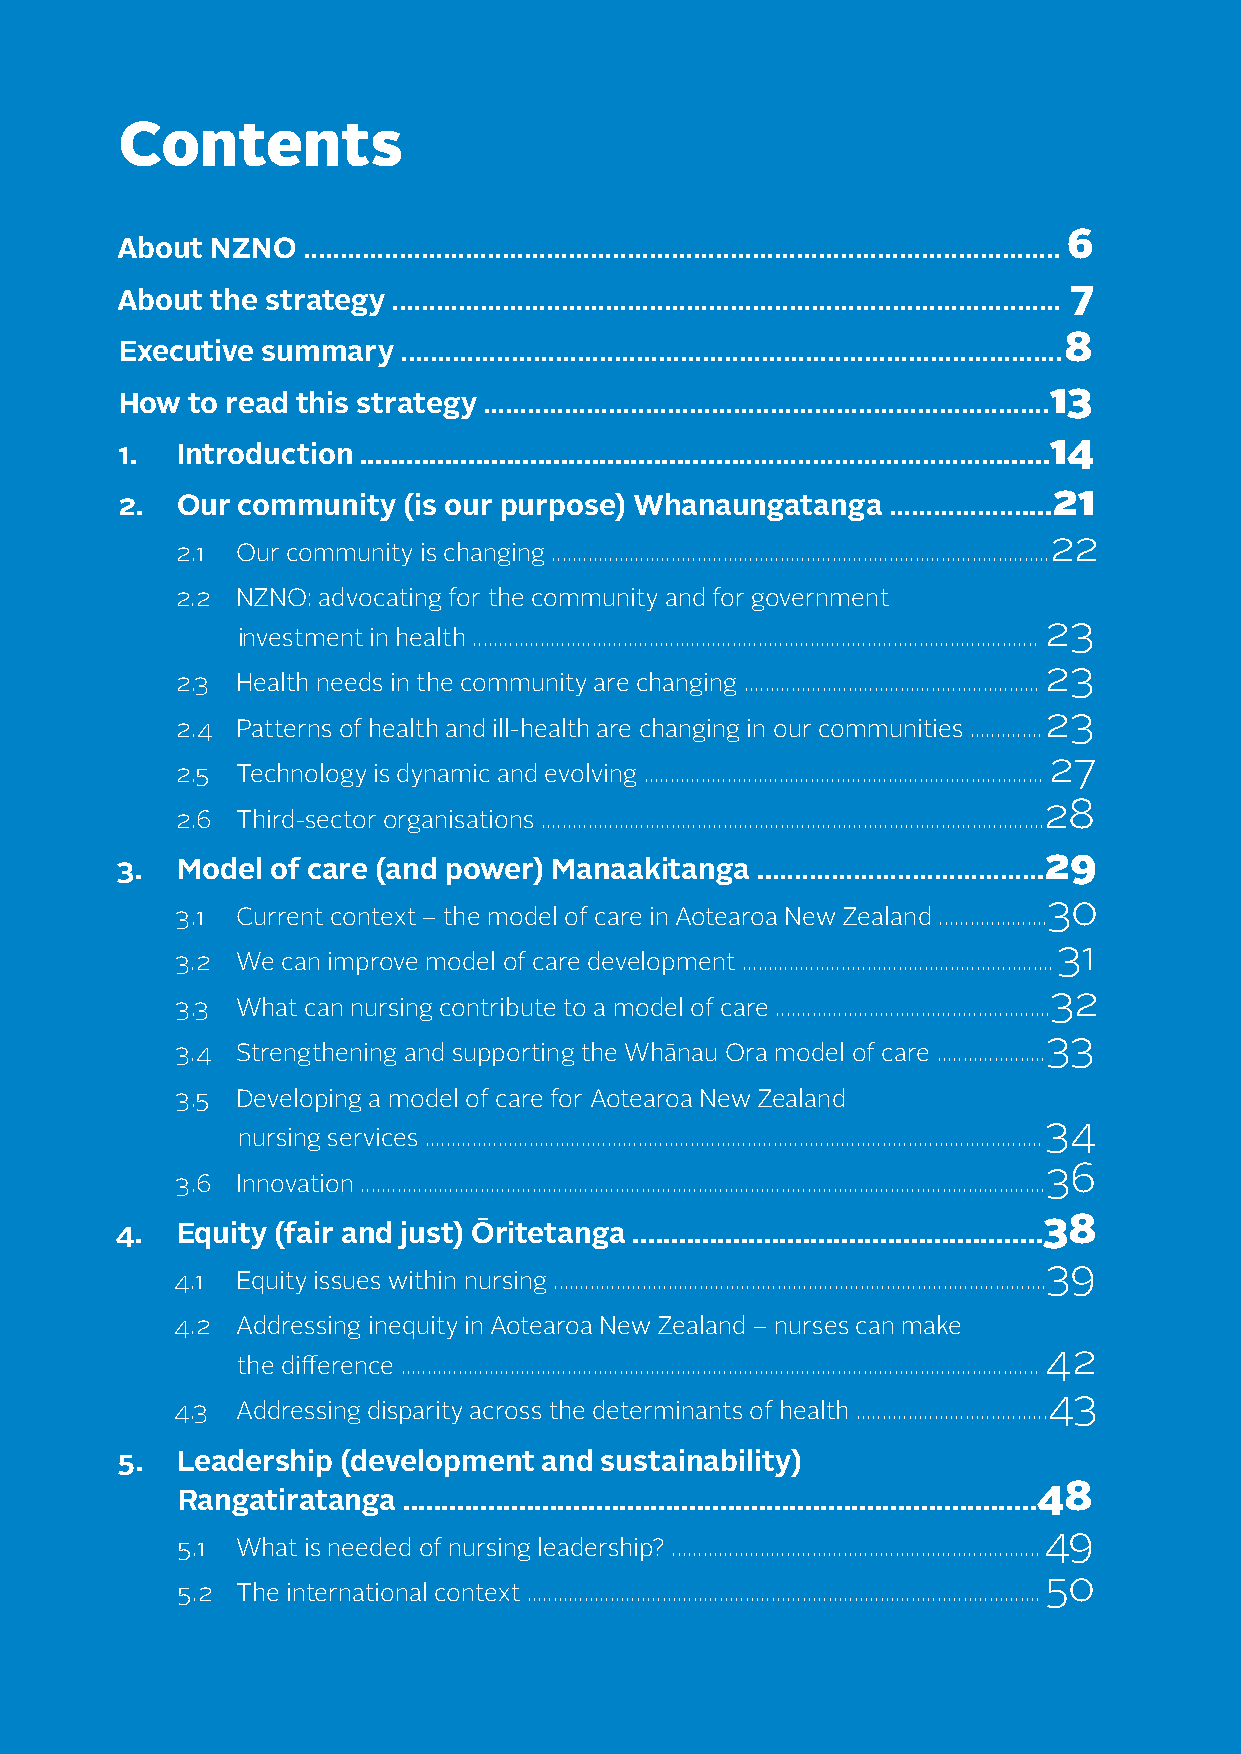
New Zealand Nurses Organisation Tōpūtanga Tapuhi Kaitiaki o Aotearoa
 Contents
 6
 About NZNO  .......................................................................................................
 7
 About the strategy ...........................................................................................
 8
 Executive summary  ..........................................................................................
 13
 How  to read this strategy .............................................................................
 14
 1.  Introduction ...........................................................................................
 21
 2.  Our community  (is our purpose) Whanaungatanga ......................
 22
 2.1 Our community is changing ................................................................................................
 2.2 NZNO: advocating for the community and for government
 23
 investment in health .............................................................................................................
 23
 2.3 Health needs in the community are changing .........................................................
 23
 2.4 Patterns of health and ill-health are changing in our communities ..............
 27
 2.5 Technology is dynamic and evolving .............................................................................
 28
 2.6 Third-sector organisations .................................................................................................
 29
 3.  Model of care (and power) Manaakitanga .......................................
 30
 3.1 Current context – the model of care in Aotearoa New Zealand .....................
 31
 3.2 We can improve model of care development ............................................................
 32
 3.3 What can nursing contribute to a model of care .....................................................
 33
 3.4 Strengthening and supporting the Whānau Ora model of care .....................
 3.5 Developing a model of care for Aotearoa New Zealand
 34
 nursing services .......................................................................................................................
 36
 3.6 Innovation ....................................................................................................................................
 38
 4.  Equity (fair and just) Ōritetanga .....................................................
 39
 4.1 Equity issues within nursing ...............................................................................................
 4.2 Addressing inequity in Aotearoa New Zealand – nurses can make
 42
 the difference ...........................................................................................................................
 43
 4.3 Addressing disparity across the determinants of health .....................................
 5.  Leadership (development and sustainability)
 48
 Rangatiratanga ..................................................................................
 49
 5.1 What is needed of nursing leadership? .......................................................................
 50
 5.2 The international context ...................................................................................................
 4